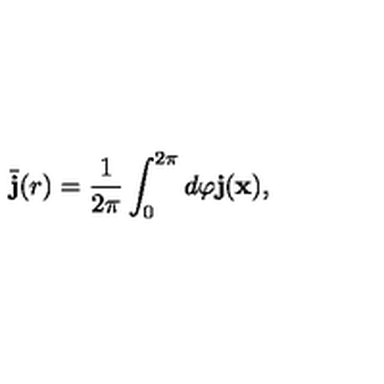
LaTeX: \bar { \bf { j } } ( r ) = \frac { 1 } { 2 \pi } \int _ { 0 } ^ { 2 \pi } d \varphi \bf { j } ( \bf { x } ) ,